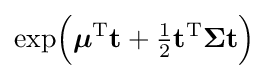
\exp \!{\Big (}{\boldsymbol {\mu }}^{\mathrm {T} }\mathbf {t} +{\tfrac {1}{2}}\mathbf {t} ^{\mathrm {T} }{\boldsymbol {\Sigma }}\mathbf {t} {\Big )}